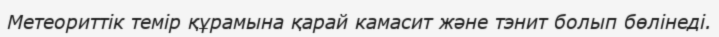
Метеориттік темір құрамына қарай камасит және тэнит болып бөлінеді.